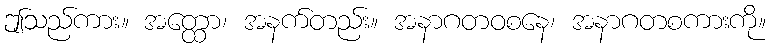
ဤသည်ကား။ အတ္ထော၊ အနက်တည်း။ အနာဂတဝစနေ၊ အနာဂတစကားကို။